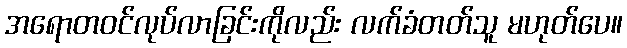
အရောတဝင်လုပ်လာခြင်းကိုလည်း လက်ခံတတ်သူ မဟုတ်ပေ။